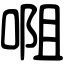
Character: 唨